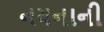
નયનાની